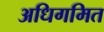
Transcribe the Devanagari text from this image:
अधिगमित